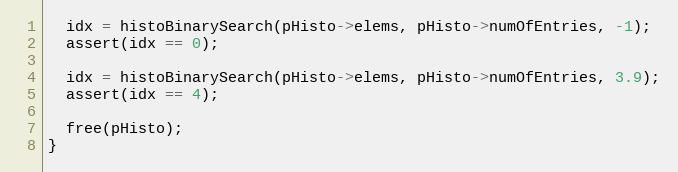
Language: C++
  idx = histoBinarySearch(pHisto->elems, pHisto->numOfEntries, -1);
  assert(idx == 0);

  idx = histoBinarySearch(pHisto->elems, pHisto->numOfEntries, 3.9);
  assert(idx == 4);

  free(pHisto);
}